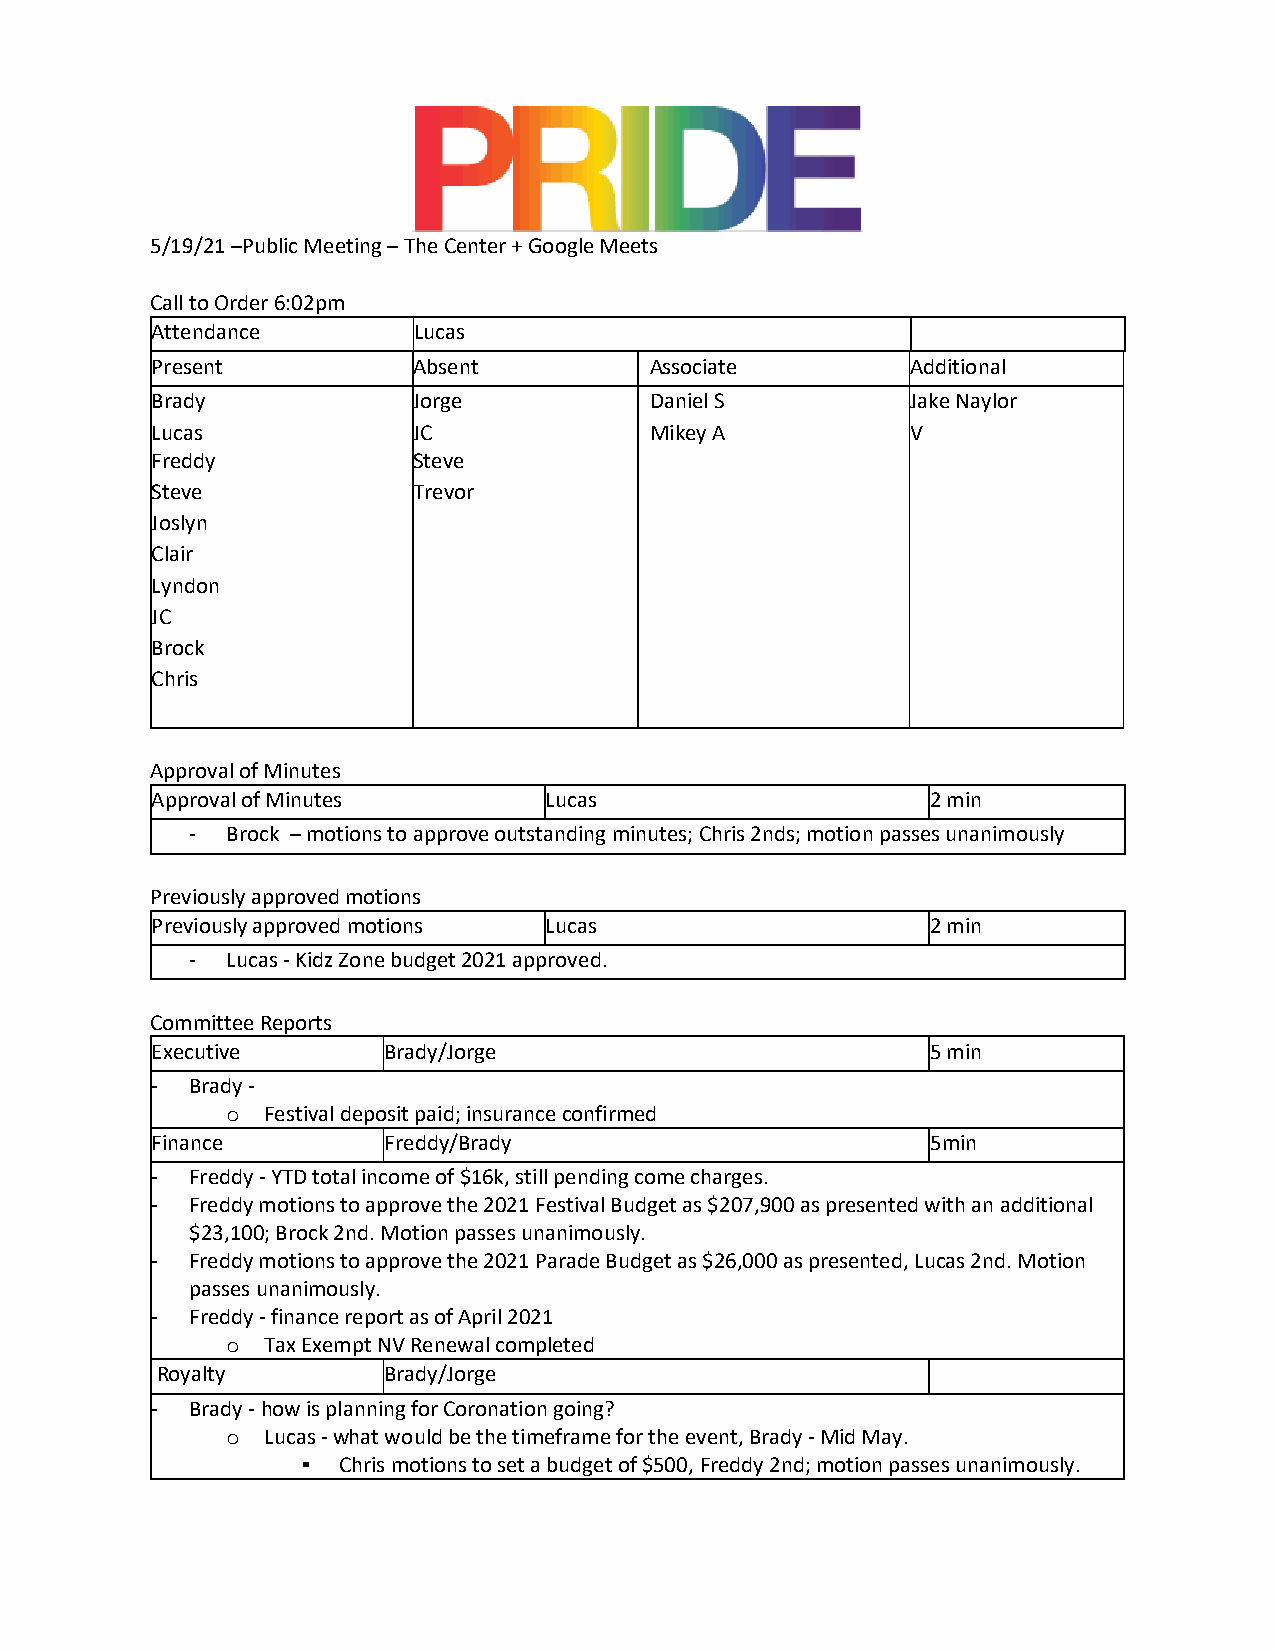
5/19/21 –Public Meeting – The Center + Google Meets
 Call to Order 6:02pm
 Attendance       Lucas
 Present          Absent          Associate        Additional
 Brady            Jorge           Daniel S         Jake Naylor
 Lucas            JC              Mikey A          V
 Freddy           Steve
 Steve            Trevor
 Joslyn
 Clair
 Lyndon
 JC
 Brock
 Chris
 Approval of Minutes
 Approval of Minutes       Lucas                     2 min
 - Brock – motions to approve outstanding minutes; Chris 2nds; motion passes unanimously
 Previously approved motions
 Previously approved motions Lucas                   2 min
 - Lucas - Kidz Zone budget 2021 approved.
 Committee Reports
 Executive      Brady/Jorge                          5 min
 -  Brady -
 Festival deposit paid; insurance confirmed
 o
 Finance        Freddy/Brady                         5min
 -  Freddy - YTD total income of $16k, still pending come charges.
 -  Freddy motions to approve the 2021 Festival Budget as $207,900 as presented with an additional
 $23,100; Brock 2nd. Motion passes unanimously.
 -  Freddy motions to approve the 2021 Parade Budget as $26,000 as presented, Lucas 2nd. Motion
 passes unanimously.
 -  Freddy - finance report as of April 2021
 Tax Exempt NV Renewal completed
 o
 Royalty        Brady/Jorge
 -  Brady - how is planning for Coronation going?
 Lucas - what would be the timeframe for the event, Brady - Mid May.
 o
 ▪ Chris motions to set a budget of $500, Freddy 2nd; motion passes unanimously.